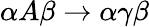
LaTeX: \alpha A\beta\rightarrow\alpha\gamma\beta